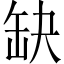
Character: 缺